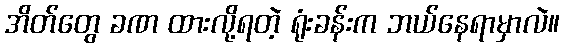
အိတ်တွေ ခဏ ထားလို့ရတဲ့ ရုံးခန်းက ဘယ်နေရာမှာလဲ။